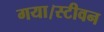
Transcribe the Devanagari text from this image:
गया।स्टीवन